Vaccination in Bombay 1863-1868 - 1863-1868
Year: 1863
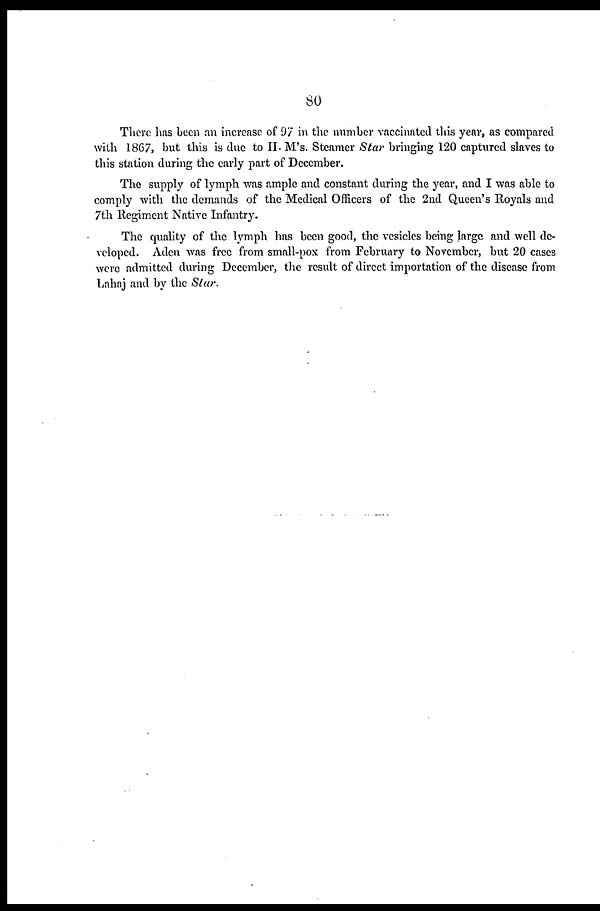
80
There has been an increase of 97 in the number vaccinated this year, as compared
with 1867, but this is due to H. M's. Steamer Star bringing 120 captured slaves to
this station during the early part of December.
The supply of lymph was ample and constant during the year, and I was able to
comply with the demands of the Medical Officers of the 2nd Queen's Royals and
7th Regiment Native Infantry.
The quality of the lymph has been good, the vesicles being large and well de-
veloped. Aden was free from small-pox from February to November, but 20 cases
were admitted during December, the result of direct importation of the disease from
Lahaj and by the Star.